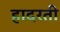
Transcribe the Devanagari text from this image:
हादरती